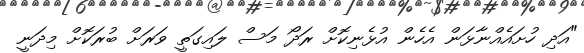
"އަދި ހުށައެއްނާޅަން އެހެން އުޅެނިކޮށް ރަދޯ މަސް ލައިގަތީ ވަރަށް ބުރަކޮށް މިދަނީ